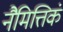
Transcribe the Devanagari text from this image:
नैमित्तिकं